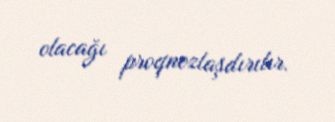
olacağı proqnozlaşdırılır.